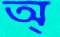
অ্